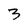
Character: 3